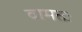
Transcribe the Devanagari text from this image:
वामतः